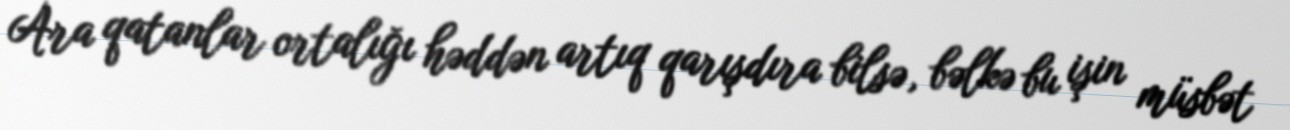
Ara qatanlar ortalığı həddən artıq qarışdıra bilsə, bəlkə bu işin müsbət